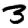
Digit: 3